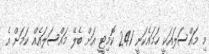
މި މައްސަލައަކީ ހަމައެކަނީ 241 ކޮމިޓީ އަށް ބެލޭ މައްސަލައެއް ކަމަށް އެ